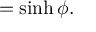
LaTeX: = \sinh \phi .